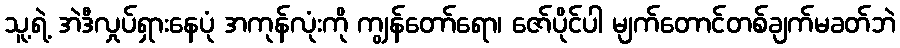
သူ့ရဲ့ အဲဒီလှုပ်ရှားနေပုံ အကုန်လုံးကို ကျွန်တော်ရော၊ ဇော်ပိုင်ပါ မျက်တောင်တစ်ချက်မခတ်ဘဲ